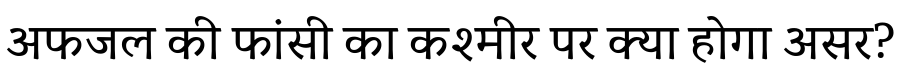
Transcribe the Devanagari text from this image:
अफजल की फांसी का कश्मीर पर क्या होगा असर?